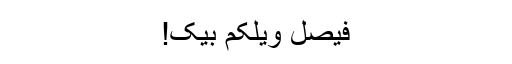
فیصل ویلکم بیک!